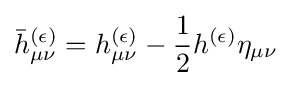
{\bar {h}}_{\mu \nu }^{(\epsilon )}=h_{\mu \nu }^{(\epsilon )}-{\frac {1}{2}}h^{(\epsilon )}\eta _{\mu \nu }